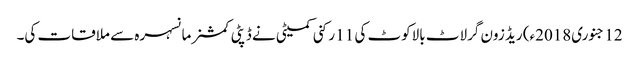
12 جنوری2018ء) ریڈ زون گرلاٹ بالاکوٹ کی 11 رکنی کمیٹی نے ڈپٹی کمشنر مانسہرہ سے ملاقات کی۔